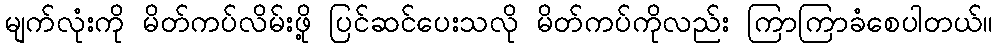
မျက်လုံးကို မိတ်ကပ်လိမ်းဖို့ ပြင်ဆင်ပေးသလို မိတ်ကပ်ကိုလည်း ကြာကြာခံစေပါတယ်။